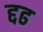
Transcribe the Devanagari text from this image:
द्दढ